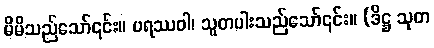
မိမိသည်သော်၎င်း။ ပရဿဝါ၊ သူတပါးသည်သော်၎င်း။ (ဒိဋ္ဌ သုတ